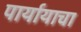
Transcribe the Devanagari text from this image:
पार्यायाचा